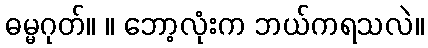
ဓမ္မဂုတ်။ ။ ဘော့လုံးက ဘယ်ကရသလဲ။